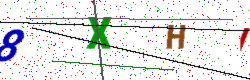
Text: 8XHI